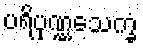
ပရိပုဏ္ဏသေက္ခံ